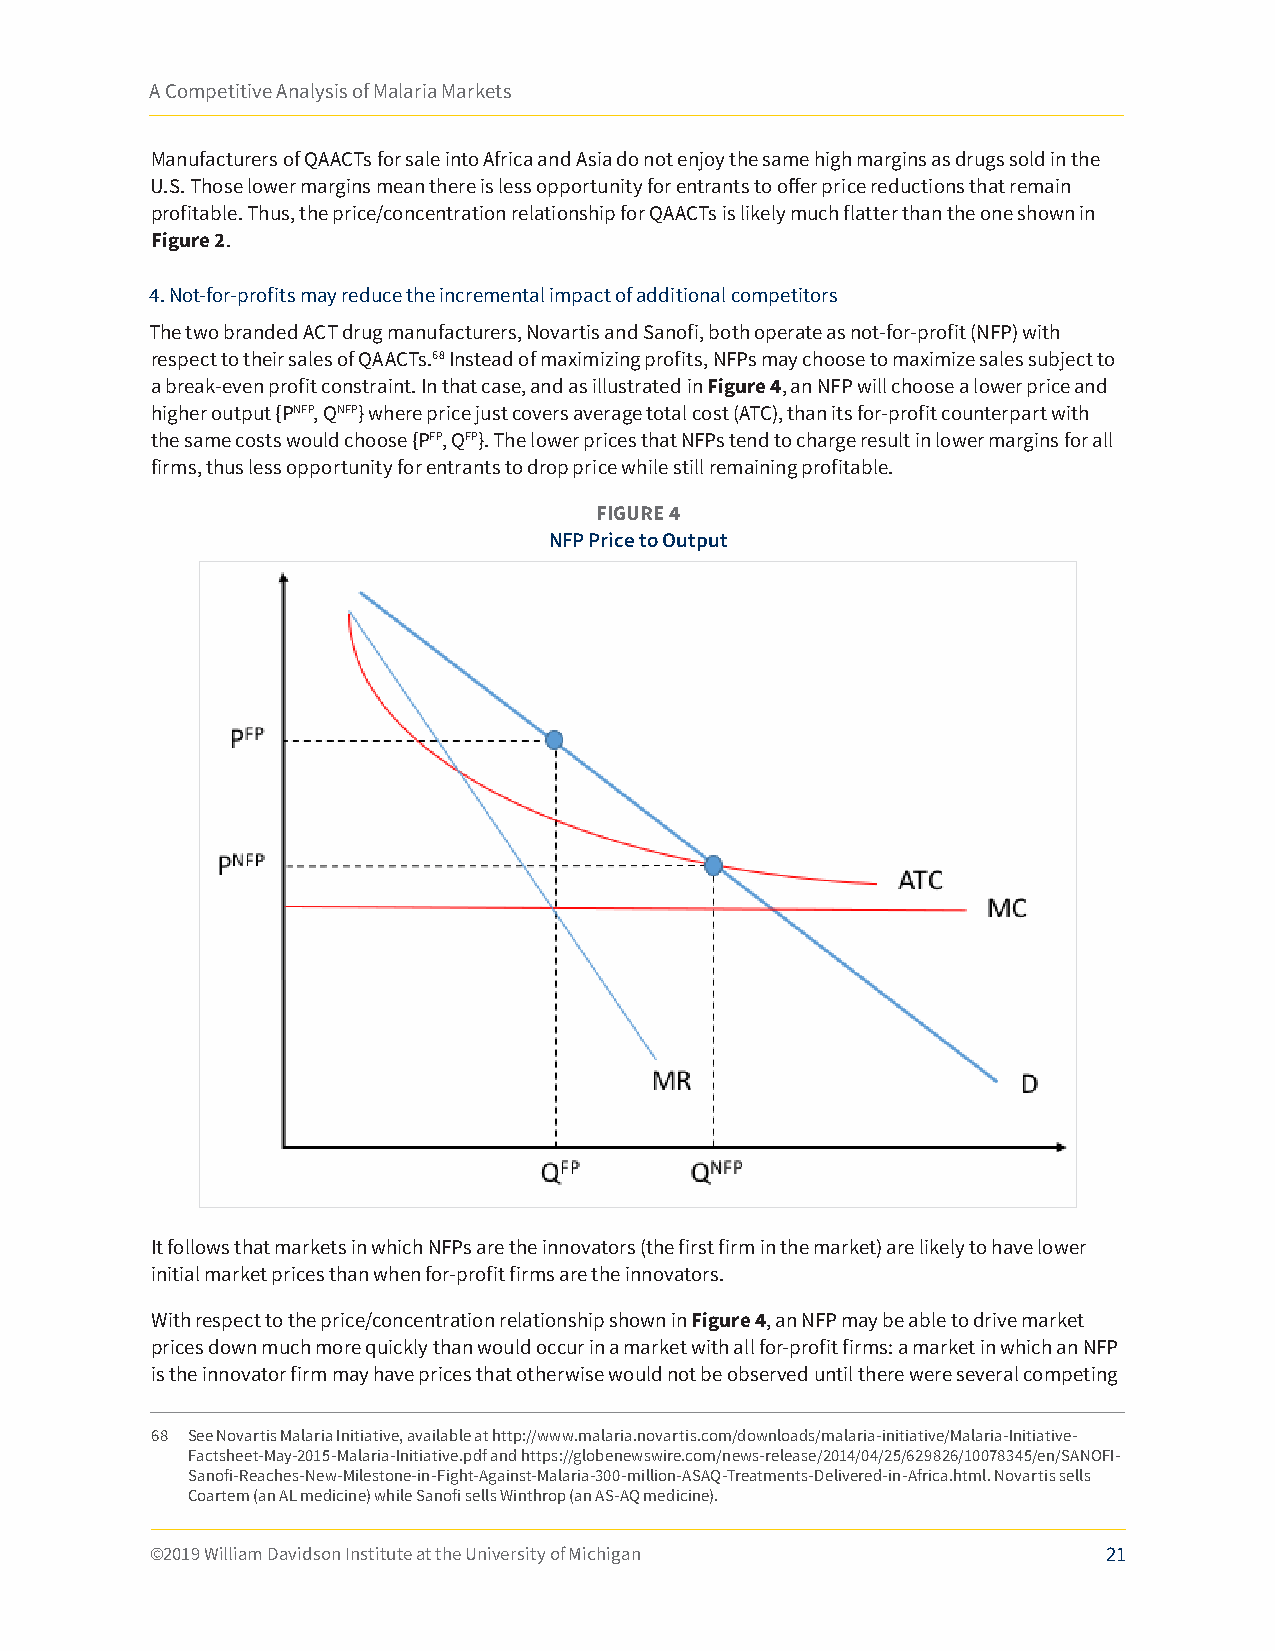
A Competitive Analysis of Malaria Markets
 Manufacturers of QAACTs for sale into Africa and Asia do not enjoy the same high margins as drugs sold in the
 U.S. Those lower margins mean there is less opportunity for entrants to offer price reductions that remain
 profitable. Thus, the price/concentration relationship for QAACTs is likely much flatter than the one shown in
 Figure 2.
 4. Not-for-profits may reduce the incremental impact of additional competitors
 The two branded ACT drug manufacturers, Novartis and Sanofi, both operate as not-for-profit (NFP) with
 respect to their sales of QAACTs.68 Instead of maximizing profits, NFPs may choose to maximize sales subject to
 a break-even profit constraint. In that case, and as illustrated in Figure 4, an NFP will choose a lower price and
 higher output {PNFP, QNFP} where price just covers average total cost (ATC), than its for-profit counterpart with
 the same costs would choose {PFP, QFP}. The lower prices that NFPs tend to charge result in lower margins for all
 firms, thus less opportunity for entrants to drop price while still remaining profitable.
 FIGURE 4
 NFP Price to Output
 It follows that markets in which NFPs are the innovators (the first firm in the market) are likely to have lower
 initial market prices than when for-profit firms are the innovators.
 With respect to the price/concentration relationship shown in Figure 4, an NFP may be able to drive market
 prices down much more quickly than would occur in a market with all for-profit firms: a market in which an NFP
 is the innovator firm may have prices that otherwise would not be observed until there were several competing
 68 See Novartis Malaria Initiative, available at http://www.malaria.novartis.com/downloads/malaria-initiative/Malaria-Initiative-
 Factsheet-May-2015-Malaria-Initiative.pdf and https://globenewswire.com/news-release/2014/04/25/629826/10078345/en/SANOFI-
 Sanofi-Reaches-New-Milestone-in-Fight-Against-Malaria-300-million-ASAQ-Treatments-Delivered-in-Africa.html. Novartis sells
 Coartem (an AL medicine) while Sanofi sells Winthrop (an AS-AQ medicine).
 ©2019 William Davidson Institute at the University of Michigan 21